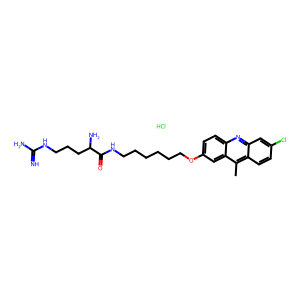
SMILES: Cc1c2ccc(Cl)cc2nc2ccc(OCCCCCCNC(=O)C(N)CCCNC(=N)N)cc12.Cl
Inhibits HIV replication: No